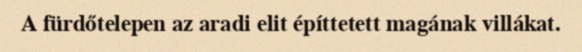
A fürdőtelepen az aradi elit építtetett magának villákat.